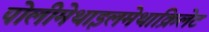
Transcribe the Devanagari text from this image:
पोलीमेथाइलमेथाक्रिलेट